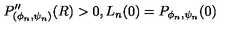
P _ { ( \phi _ { n } , \psi _ { n } ) } ^ { \prime \prime } ( R ) > 0 , L _ { n } ( 0 ) = P _ { \phi _ { n } , \psi _ { n } } ( 0 )